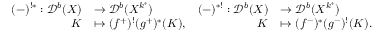
\begin{array} { r l r l } { ( - ) ^ { ! * } : { \mathcal D } ^ { b } ( X ) } & { \rightarrow { \mathcal D } ^ { b } ( X ^ { k ^ { * } } ) } & { ( - ) ^ { * ! } : { \mathcal D } ^ { b } ( X ) } & { \rightarrow { \mathcal D } ^ { b } ( X ^ { k ^ { * } } ) } \\ { K } & { \mapsto ( f ^ { + } ) ^ { ! } ( g ^ { + } ) ^ { * } ( K ) , } & { K } & { \mapsto ( f ^ { - } ) ^ { * } ( g ^ { - } ) ^ { ! } ( K ) . } \end{array}